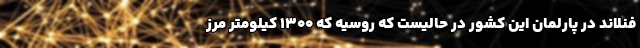
فنلاند در پارلمان این کشور در حالیست که روسیه که ۱۳۰۰ کیلومتر مرز